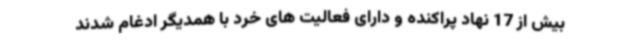
بیش از 17 نهاد پراکنده و دارای فعالیت های خرد با همدیگر ادغام شدند